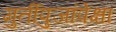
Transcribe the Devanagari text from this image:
मुर्तीपुजांपेक्षा